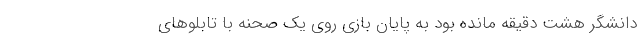
دانشگر هشت دقیقه مانده بود به پایان بازی روی یک صحنه با تابلوهای